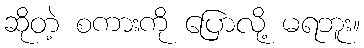
ဆိုတဲ့ စကားကို ပြောလို့ မရဘူး။